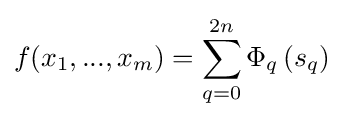
f(x_{1},...,x_{m})=\sum _{q=0}^{2n}\Phi _{q}\left(s_{q}\right)